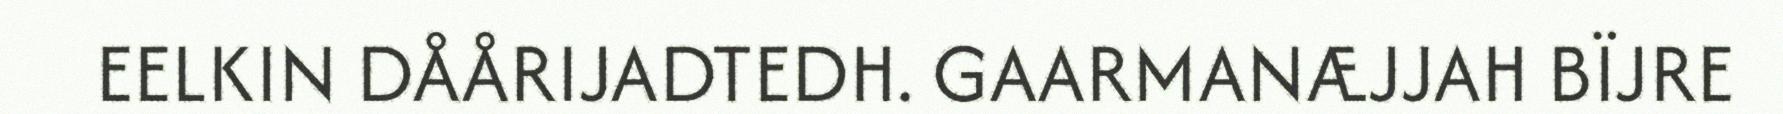
EELKIN DÅÅRIJADTEDH. GAARMANÆJJAH BÏJRE